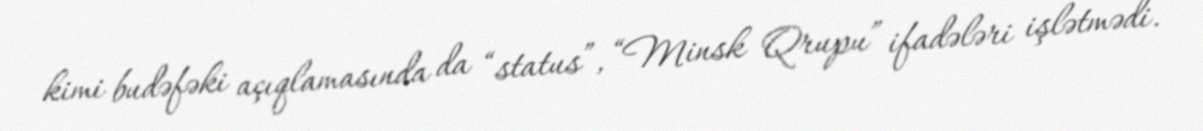
kimi budəfəki açıqlamasında da “status”, “Minsk Qrupu” ifadələri işlətmədi.